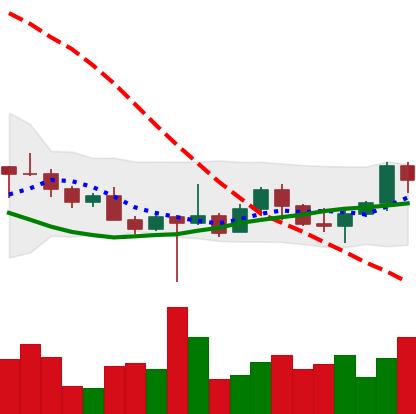
Ticker: ETH-USD
Chart end date: 2022-10-24
Forward return: 20.424%
Label: up_7plus